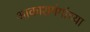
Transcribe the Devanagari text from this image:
आकाशगंगांच्या